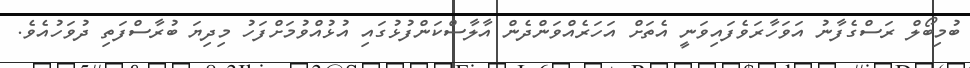
ބުމިބޯލް ރަސްގެފާނު އަވަހާރަވެފައިވަނީ އެތަށް އަހަރެއްވަންދެން އާލާސްކަންފުޅުގައި އުޅުއްވުމަށްފަހު މިދިޔަ ބުރާސްފަތި ދުވަހުއެވެ.